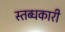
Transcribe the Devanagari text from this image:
स्तब्धकारी